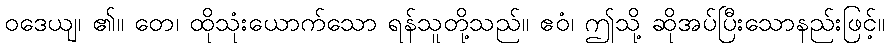
ဝဒေယျ၊ ၏။ တေ၊ ထိုသုံးယောက်သော ရန်သူတို့သည်။ ဧဝံ၊ ဤသို့ ဆိုအပ်ပြီးသောနည်းဖြင့်။